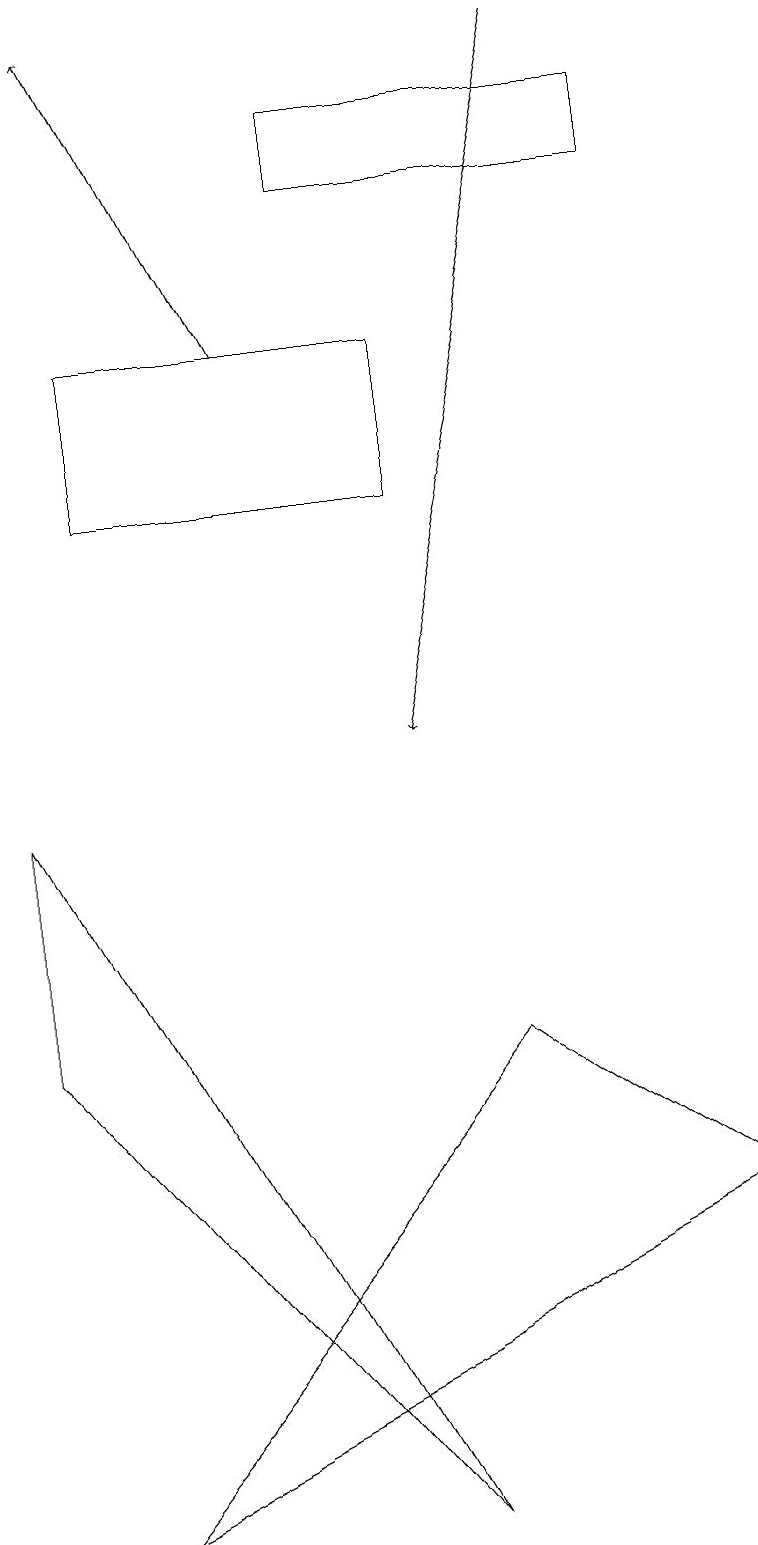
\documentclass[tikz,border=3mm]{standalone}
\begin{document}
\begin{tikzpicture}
\draw[->] (7,19) -- (5,10);
\draw (9,4) -- (1,0) -- (6,6) -- cycle;
\draw (1,15) rectangle (5,13);
\draw[->] (3,15) -- (1,19);
\draw (5,0) -- (0,9) -- (0,6) -- cycle;
\draw (8,17) rectangle (4,18);
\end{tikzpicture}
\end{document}